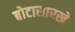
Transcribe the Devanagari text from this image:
बोटासारखे